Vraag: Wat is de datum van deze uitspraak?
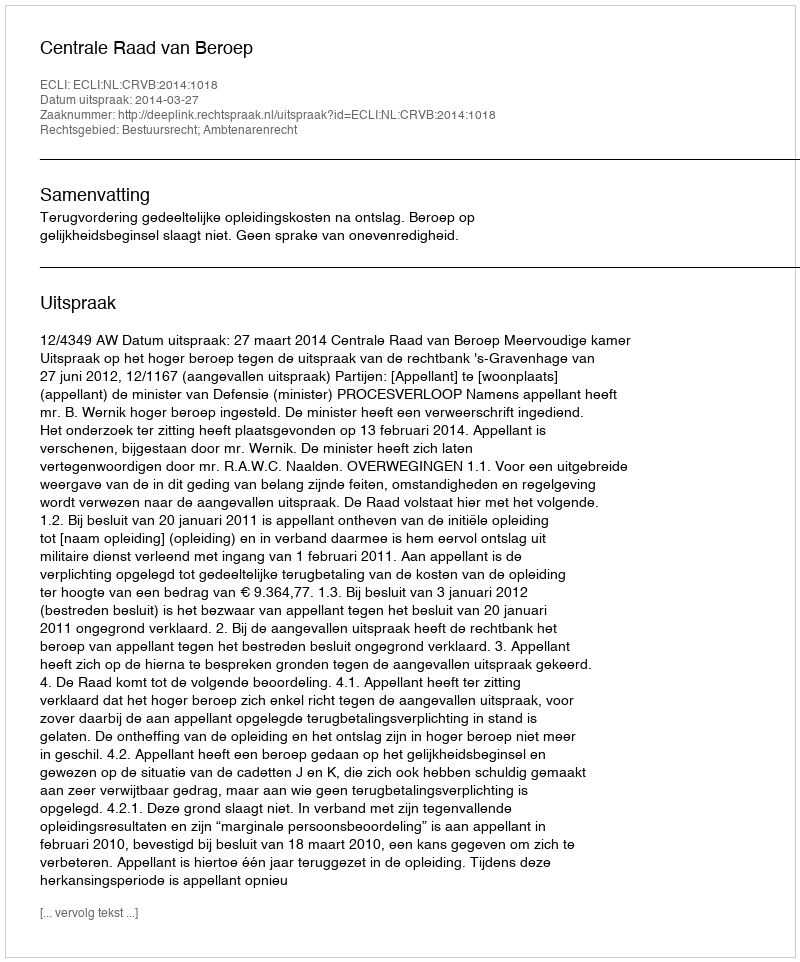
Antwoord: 2014-03-27